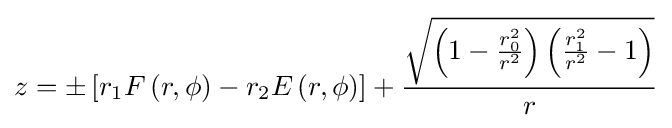
z=\pm \left[r_{1}F\left(r,\phi \right)-r_{2}E\left(r,\phi \right)\right]+{\frac {\sqrt {\left(1-{\frac {r_{0}^{2}}{r^{2}}}\right)\left({\frac {r_{1}^{2}}{r^{2}}}-1\right)}}{r}}